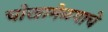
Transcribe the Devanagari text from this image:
चोखामेळयाचे